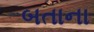
બતાના